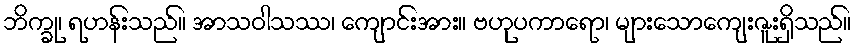
ဘိက္ခု၊ ရဟန်းသည်။ အာသဝါသဿ၊ ကျောင်းအား။ ဗဟုပကာရော၊ များသောကျေးဇူးရှိသည်။